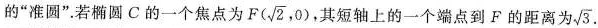
的”准圆”。若椭圆C的一个焦点为 F( \sqrt{2},0) 其短轴上的一个端点到F的距离为 \sqrt{3} .